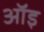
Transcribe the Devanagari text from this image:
ऑइ